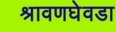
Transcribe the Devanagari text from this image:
श्रावणघेवडा